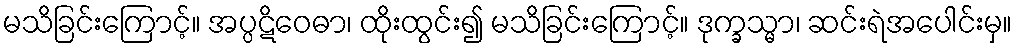
မသိခြင်းကြောင့်။ အပ္ပဋိဝေဓာ၊ ထိုးထွင်း၍ မသိခြင်းကြောင့်။ ဒုက္ခသ္မာ၊ ဆင်းရဲအပေါင်းမှ။